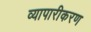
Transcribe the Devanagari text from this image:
व्‍यापारीकरण